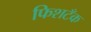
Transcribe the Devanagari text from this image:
फिशटँक